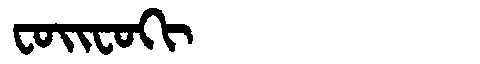
Manchu: ᠸᠣᡳᠸᠣᡴᡳ
Romanization: FOIFOKI